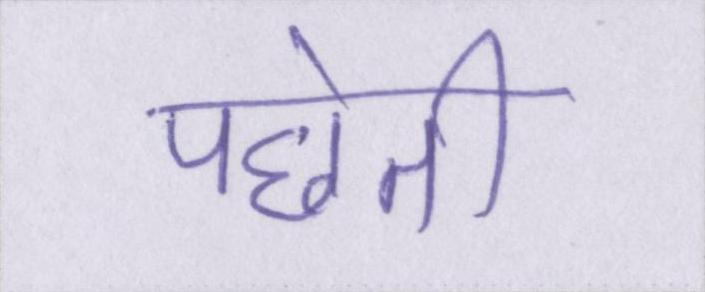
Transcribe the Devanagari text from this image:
पछेती